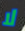
لا